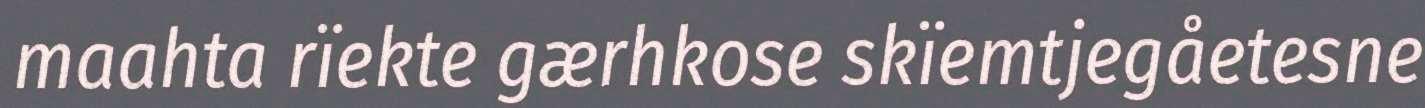
maahta rïekte gærhkose skïemtjegåetesne